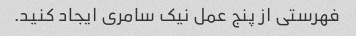
فهرستی از پنج عمل نیک سامری ایجاد کنید.